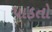
પાડતો